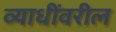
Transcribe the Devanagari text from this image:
व्याधींवरील